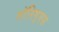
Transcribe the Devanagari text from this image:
तॉरिगुएस